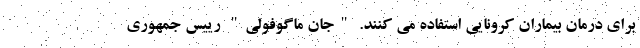
برای درمان بیماران کرونایی استفاده می کنند. "جان ماگوفولی" رییس جمهوری